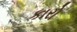
કારો